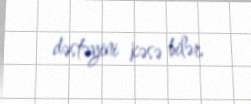
dəstəyini kəsə bilər.